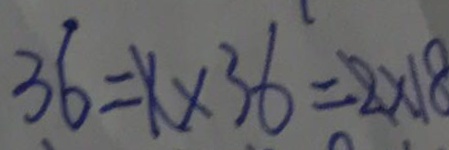
3 6 = 1 \times 3 6 = 2 \times 1 8